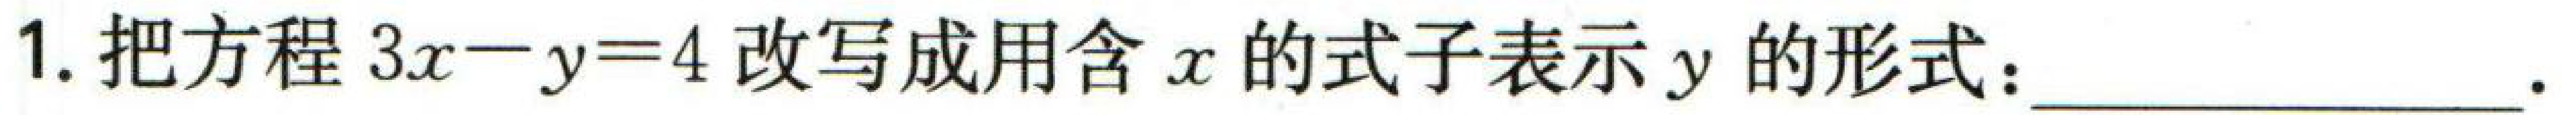
1. 把方程\(3x - y = 4\)改写成用含\(x\)的式子表示\(y\)的形式：___